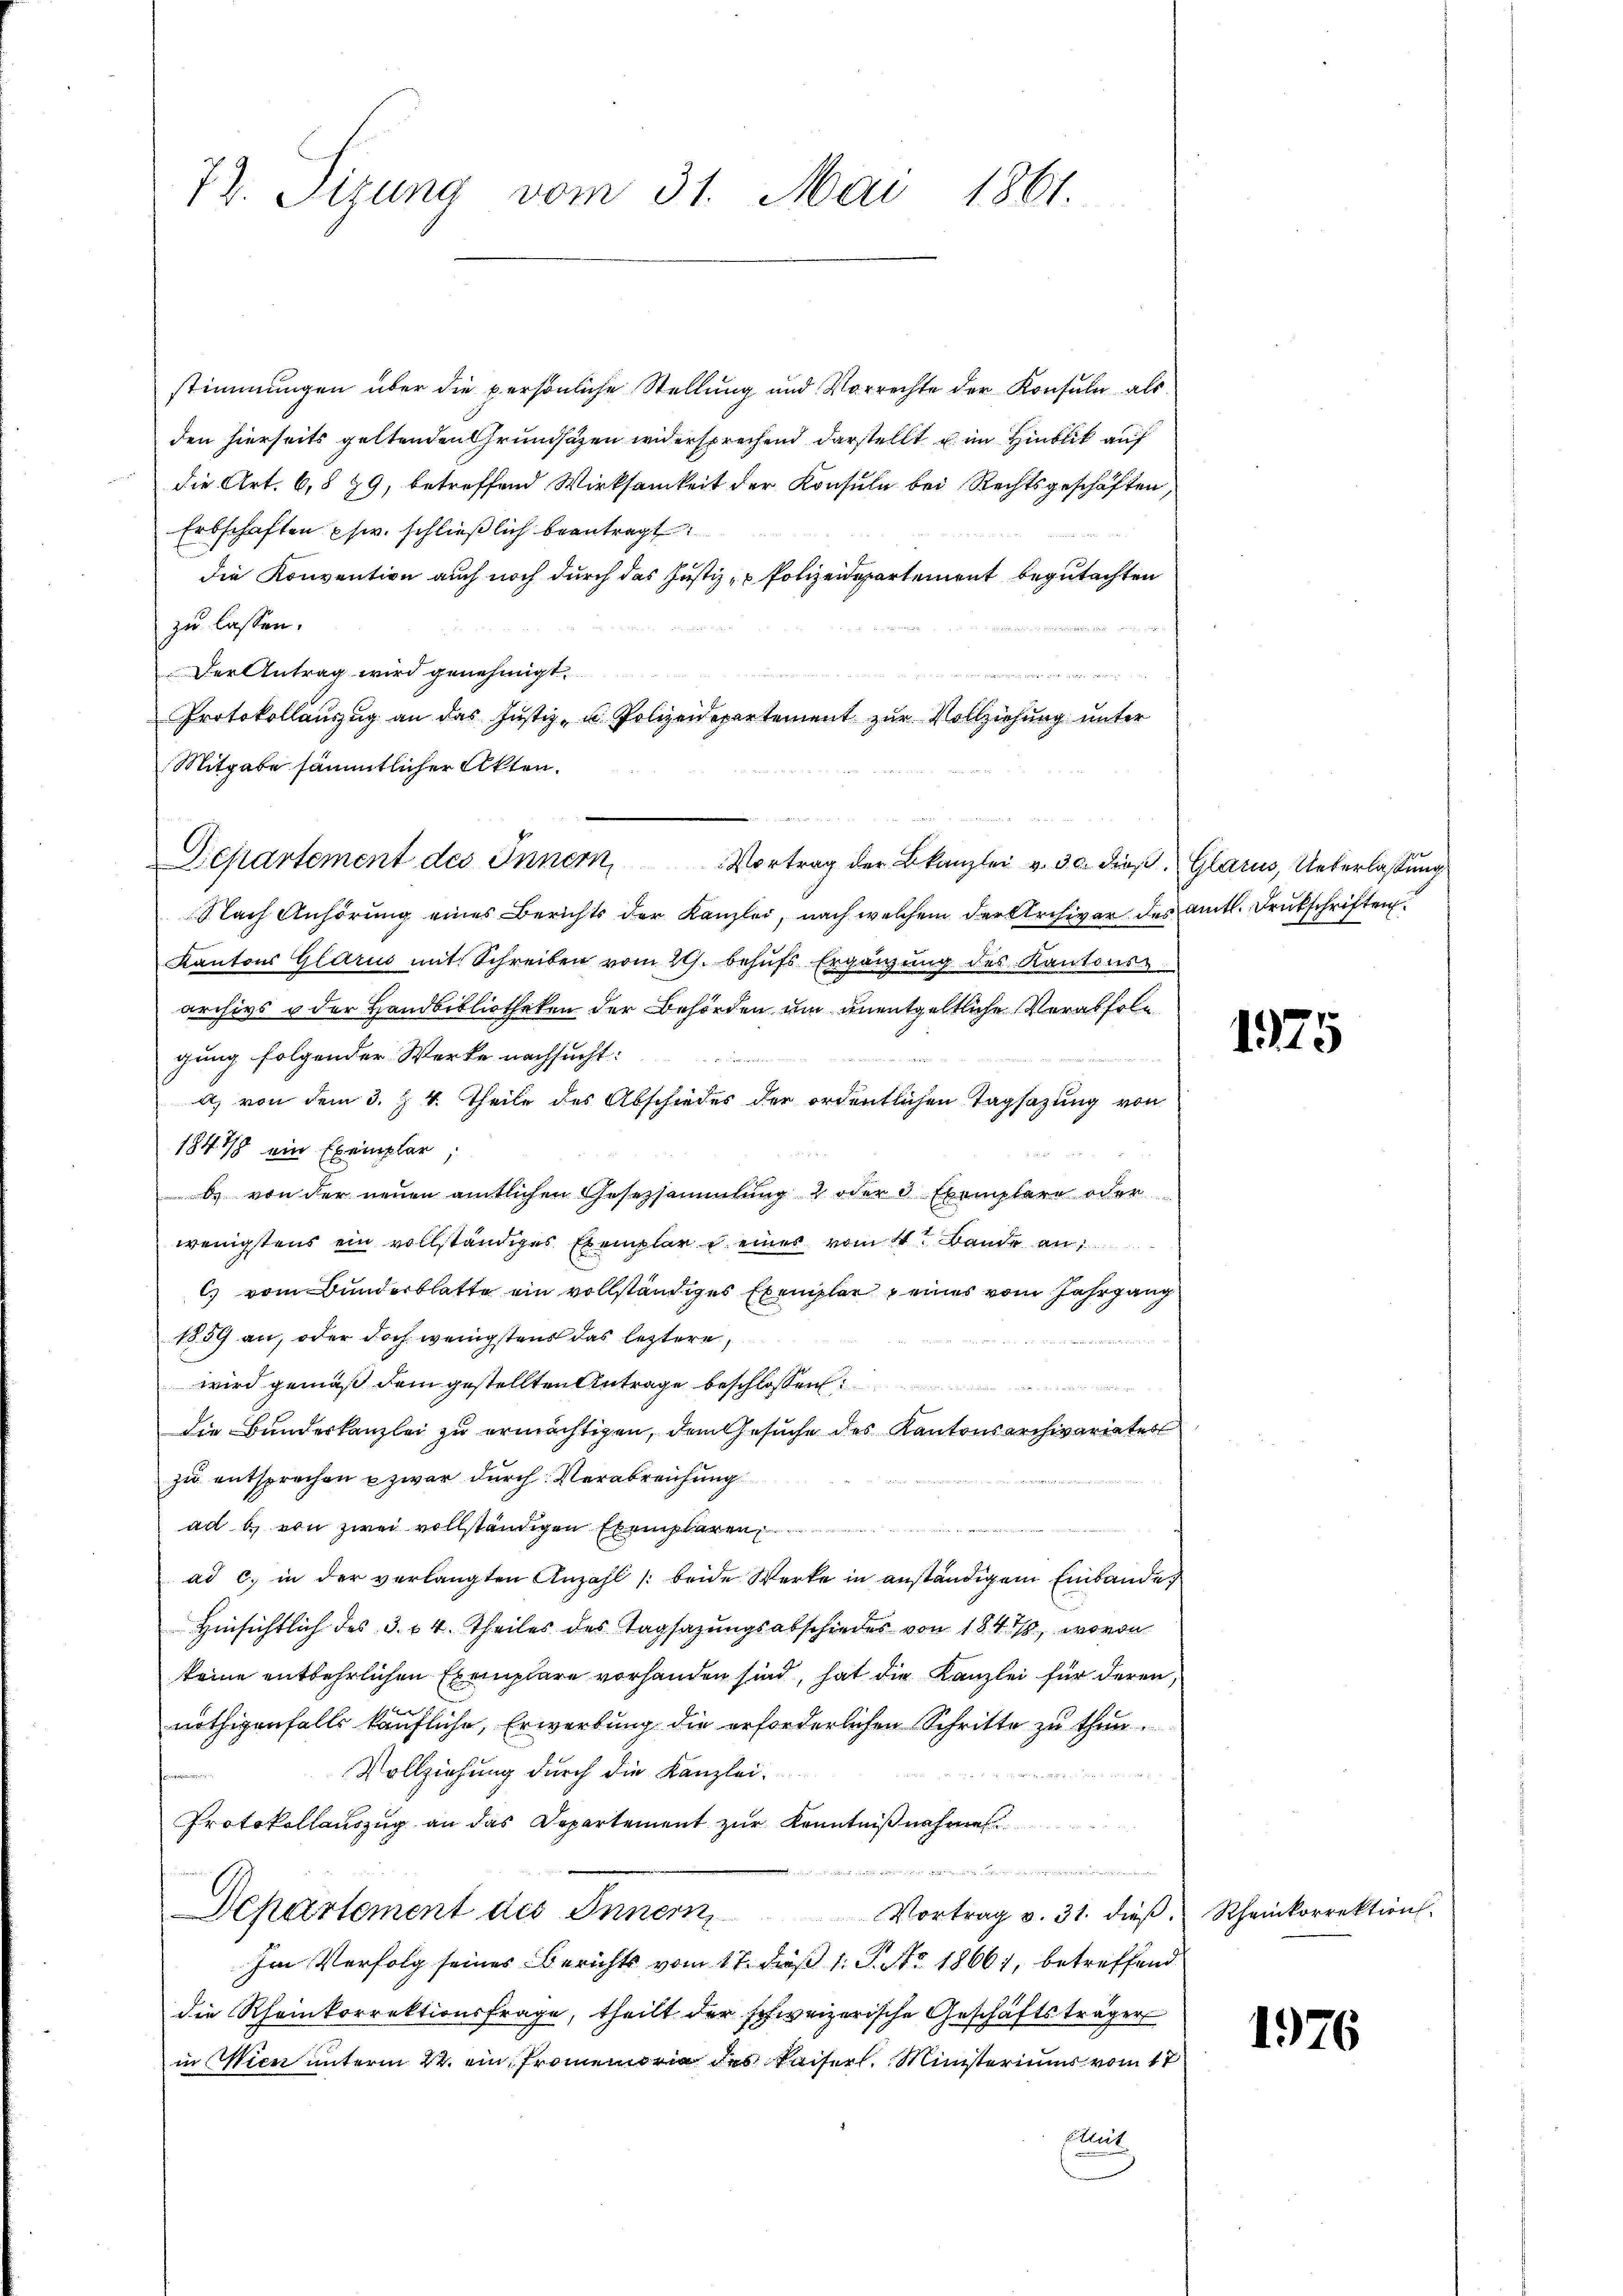
72. Sizung vom 31. Mai 1861.

stimmungen über die persönliche Stellung und Vorrechte der Konsuln, als
den hierseits geltenden Grundsätzen widersprechend darstellt u. im Hinblick auf
die Art. 6, 79, betreffend Wirksamkeit der Konsula bei Rechtsgeschäften,
Erbschaften phw. schließlich beantragt:
die Konvention auch noch durch das Justiz- & Polizeidepartement begutachten
zu lassen.
Der Antrag wird genehmigt.
Protokollauszug an das Justiz- u. Polizeidepartement zur Vollziehung unter
Mitgabe sämmtlicher Akten.
Departement des Innern Vortrag der Bekanzlei v. 30. dieβ. Glarus, Ueberlassung
Nach Anhörung eines Berichts der Kanzlei, nach welchem der Archivar des amtl. Drukschriften
Kantons Glarus mit Schreiben vom 20. behufs Ergänzung des Kantons-
archivs u der Handbibliotheken der Behörden um unentgeltliche Verabfolgung folgender Werke nachsucht:
a) von dem 3. Z. 4. Theile des Abschiedes der ordentlichen Tagsazung von
1847 ein Exemplar,
b. von der neuen amtlichen Gesetzsammlung 2 oder 3 Exemplare oder
wenigstens ein vollständiges Exemplar u. eines vom 4. Bande an
C vom Bunderblatte ein vollständiges Exemplar eines vom Jahrgang
1859 an, oder doch wenigstens das leztere
wird gemäß dem gestellten Antrage beschlossen:
die Bundeskanzlei zu ermächtigen, dem Gesuche des Kantonsarchivariater
zu entsprechen zwar durch Verabreichung

ad b. von zwei vollständigen Exemplaren
ad c. in der verlangten Anzahl /: beide Werke in anständigem Einbande
Hinsichtlich des 3. 14. Theiles des Tagsazungsabschiedes von 1848, wovon
keine entbehrlichen Exemplare vorhanden sind, hat die Kanzlei für deren,
nöthigenfalls käufliche, Erwerbung die erforderlichen Schritte zu thun.
Vollziehung durch die Kanzlei.

Protokollauszug an das Departement zur Kenntniß nehmen

Departement des Innern
Vortrag v. 31. dieβ. Rheinkorrektion
Im Verfolg seines Berichts vom 17. daß 1. J. No. 1866, betreffend
die Rheinkorrektionsfrage, theilt der schweizerische Geschäftsträger
in Wien unterm 22. ein Promemoria des Kaiserl. Ministeriums vom 17
ut

1925

1976